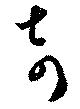
奇